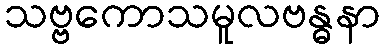
သဗ္ဗကောသမူလဗန္ဓနာ